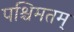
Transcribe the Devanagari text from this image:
पश्चिमतम्